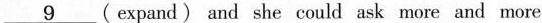
\underline{9} ( expand) and she could ask more and more